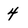
Character: 4